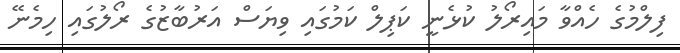
ފިލްމުގެ ހެއްވާ މައިރޯލު ކުޅެނީ ކަޕިލް ކަމުގައި ވިޔަސް އަރުބާޒުގެ ރޯލުގައި ހިމެނޭ